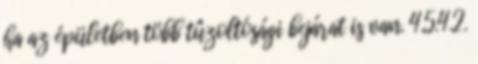
ha az épületben több tûzoltósági bejárat is van. 4.5.4.2.